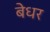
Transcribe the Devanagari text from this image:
बेधर